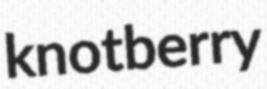
knotberry